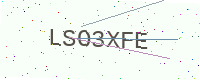
Text: LSO3XFE